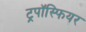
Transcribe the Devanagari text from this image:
ट्रपॉस्फियर